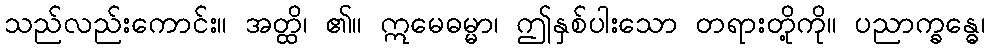
သည်လည်းကောင်း။ အတ္ထိ၊ ၏။ ဣမေဓမ္မာ၊ ဤနှစ်ပါးသော တရားတို့ကို။ ပညာက္ခန္ဓေ၊